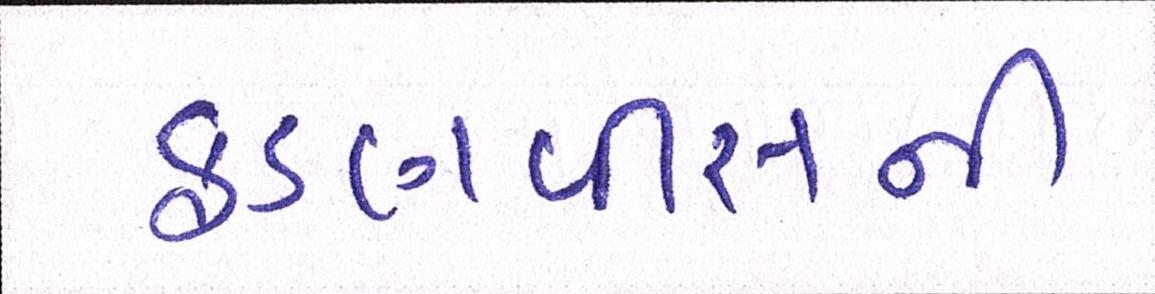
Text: ફડણવીસની